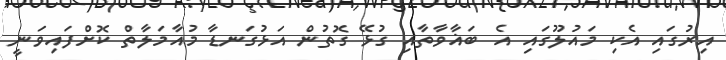
އިރުގައި އެކި މައުލޫގައި އެ ބަޣާވާތާއި ގުޅޭ ގޮތުން އަޅުގަނޑާ މުއާމަލާތް ކޮށްފައިވަނީ